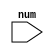
module odd_number(                      // Module declaration named odd_number
  input  [31:0]num);                    // Input port num, 32-bit wide

always @(*)                             // Always block sensitive to any change in input
  begin
    if(num%1==0)                        // Condition to check if num is divisible by
      $display("The number is a odd number",num);    // Display message if num is odd
   end 
endmodule